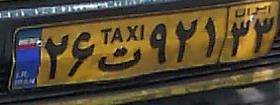
۲۶ت۹۲۱۳۳